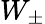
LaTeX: W_{\pm}